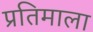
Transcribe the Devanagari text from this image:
प्रतिमाला